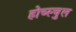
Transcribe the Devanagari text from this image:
होच्स्चुल